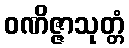
ဝဏိဇ္ဇာသုတ္တံ